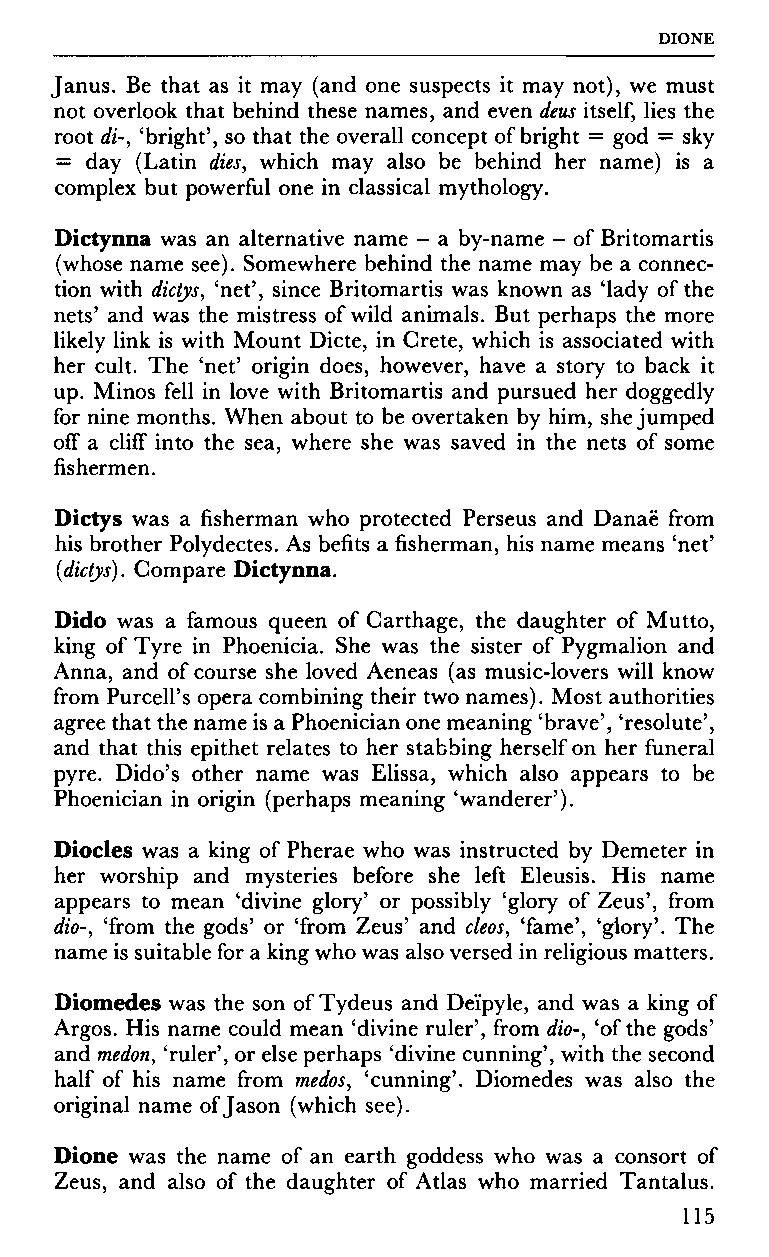
DIONE
 Janus. Be that as it may (and one suspects it may not), we must
 not overlook that behind these names, and even dens itself, lies the
 root di-, 'bright', so that the overall concept of bright = god = sky
 = day (Latin dies, which may also be behind her name) is a
 complex but powerful one in classical mythology.
 Dictynna was an alternative name - a by-name - of Britomartis
 (whose name see). Somewhere behind the name may be a connec
 tion with dictys, 'net', since Britomartis was known as 'lady of the
 nets' and was the mistress of wild animals. But perhaps the more
 likely link is with Mount Dicte, in Crete, which is associated with
 her cult. The 'net' origin does, however, have a story to back it
 up. Minos fell in love with Britomartis and pursued her doggedly
 for nine months. When about to be overtaken by him, she jumped
 off a cliff into the sea, where she was saved in the nets of some
 fishermen.
 Dictys was a fisherman who protected Perseus and Danaë from
 his brother Polydectes. As befits a fisherman, his name means 'net'
 (dictys). Compare Dictynna.
 Dido was a famous queen of Carthage, the daughter of Mutto,
 king of Tyre in Phoenicia. She was the sister of Pygmalion and
 Anna, and of course she loved Aeneas (as music-lovers will know
 from Purcell's opera combining their two names). Most authorities
 agree that the name is a Phoenician one meaning 'brave', 'resolute',
 and that this epithet relates to her stabbing herself on her funeral
 pyre. Dido's other name was Elissa, which also appears to be
 Phoenician in origin (perhaps meaning 'wanderer').
 Diocles was a king of Pherae who was instructed by Demeter in
 her worship and mysteries before she left Eleusis. His name
 appears to mean 'divine glory' or possibly 'glory of Zeus', from
 dio-, 'from the gods' or 'from Zeus' and cleos, 'fame', 'glory'. The
 name is suitable for a king who was also versed in religious matters.
 Diomedes was the son of Tydeus and Deïpyle, and was a king of
 Argos. His name could mean 'divine ruler', from dio-, 'of the gods'
 and medon, 'ruler', or else perhaps 'divine cunning', with the second
 half of his name from medos, 'cunning'. Diomedes was also the
 original name of Jason (which see).
 Dione was the name of an earth goddess who was a consort of
 Zeus, and also of the daughter of Atlas who married Tantalus.
 115